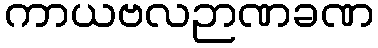
ကာယဗလဉာဏခဏ